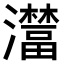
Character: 𤃺